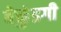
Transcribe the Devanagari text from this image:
बेळुंडगी